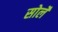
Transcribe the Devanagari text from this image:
सोर्ले